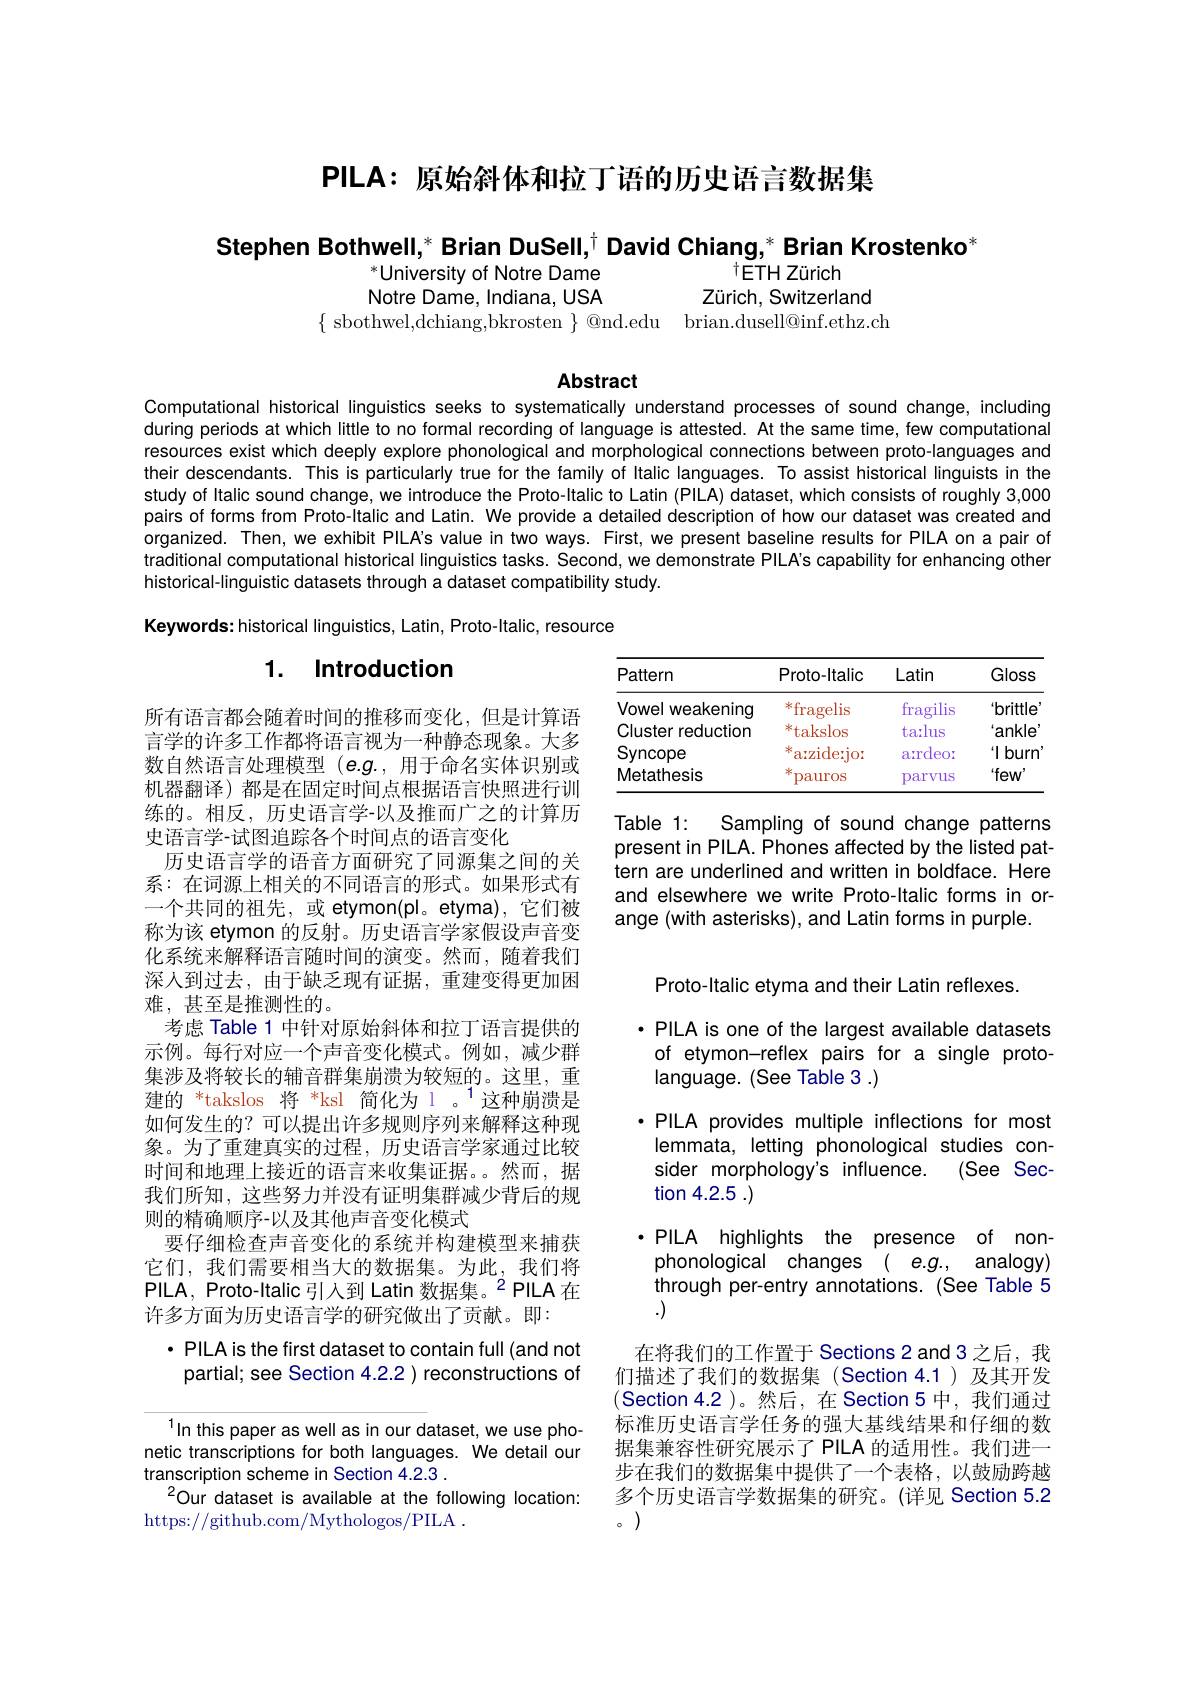
PILA: 原始斜体和拉丁语的历史语言数据集

Stephen Bothwell,* Brian DuSell,$^{\dagger}$ David Chiang,* Brian Krostenko*

$^*$University of Notre Dame
tETH Zürich
Notre Dame, Indiana, USA
Zürich, Switzerland
$\{$ sbothwel,dchiang,bkrosten $\}$ @nd.edu brian.dusell@inf.ethz.ch

Abstract

Computational historical linguistics seeks to systematically understand processes of sound change, including during periods at which little to no formal recording of language is attested. At the same time, few computational resources exist which deeply explore phonological and morphological connections between proto-languages and their descendants. This is particularly true for the family of Italic languages. To assist historical linguists in the study of Italic sound change, we introduce the Proto-ltalic to Latin (PILA) dataset, which consists of roughly 3,000 pairs of forms from Proto-ltalic and Latin. We provide a detailed description of how our dataset was created and organized. Then, we exhibit PILA's value in two ways. First, we present baseline results for PILA on a pair of traditional computational historical linguistics tasks. Second, we demonstrate PILA's capability for enhancing other historical-linguistic datasets through a dataset compatibility study.

Keywords: historical linguistics, Latin, Proto-Italic, resource

## 1. Introduction

<table>
	<tbody>
		<tr>
			<th>Pattern</th>
			<th>Proto-ltalice</th>
			<th>Latin</th>
			<th>Gloss</th>
		</tr>
		<tr>
			<td>Vowel weakening</td>
			<td>米 fragelis</td>
			<td>fragilis</td>
			<td>'brittle</td>
		</tr>
		<tr>
			<td>Cluster reduction</td>
			<td>米. takslos</td>
			<td>tarlus</td>
			<td>ankle</td>
		</tr>
		<tr>
			<td>Syncope</td>
			<td>a: zide: jox 米</td>
			<td>ardeor</td>
			<td>$“11$ burn</td>
		</tr>
		<tr>
			<td>Metathesis</td>
			<td>米 pauros</td>
			<td>parvus</td>
			<td>$`few$</td>
		</tr>
	</tbody>
</table>

Table 1:
Sampling of sound change patterns
present in PILA. Phones affected by the listed pattern are underlined and written in boldface. Here and elsewhere we write Proto-ltalic forms in orange (with asterisks), and Latin forms in purple.

所有语言都会随着时间的推移而变化，但是计算语言学的许多工作都将语言视为一种静态现象。大多数自然语言处理模型(e.$g.$,用于命名实体识别或机器翻译)都是在固定时间点根据语言快照进行训练的。相反，历史语言学-以及推而广之的计算历史语言学-试图追踪各个时间点的语言变化
历史语言学的语音方面研究了同源集之间的关系：在词源上相关的不同语言的形式。如果形式有一个共同的祖先，或 etymon(pl。etyma),它们被称为该 etymon 的反射。历史语言学家假设声音变化系统来解释语言随时间的演变。然而，随着我们深人到过去，由于缺乏现有证据，重建变得更加困难，甚至是推测性的。
考虑 Table 1 中针对原始斜体和拉丁语言提供的示例。每行对应一个声音变化模式。例如，减少群集涉及将较长的辅音群集崩溃为较短的。这里，重建的 *takslos 将 *ksl 简化为 l 。$^{1}$这种崩溃是如何发生的？可以提出许多规则序列来解释这种现象。为了重建真实的过程，历史语言学家通过比较时间和地理上接近的语言来收集证据。然而，据我们所知，这些努力并没有证明集群减少背后的规则的精确顺序-以及其他声音变化模式
要仔细检查声音变化的系统并构建模型来捕获它们，我们需要相当大的数据集。为此，我们将PILA, Proto-Italic引入到 Latin 数据集。$^{2}$PILA 在许多方面为历史语言学的研究做出了贡献。即：
· PILA is the first dataset to contain full (and not

Proto-ltalic etyma and their Latin reflexes.
·PILA is one of the largest available datasets
of etymon-reflex pairs for a single proto-
language. (See Table 3 .)
·PILA provides multiple inflections for most lemmata, letting phonological studies consider morphology's influence. (See Section 4.2.5 .)
·PILA highlights the presence of nonphonological changes ( e.g., analogy) through per-entry annotations. (See Table 5 .)
在将我们的工作置于 Sections 2 and 3 之后，我们描述了我们的数据集(Section 4.1)及其开发(Section 4.2)。然后，在 Section 5 中，我们通过标准历史语言学任务的强大基线结果和仔细的数据集兼容性研究展示了 PILA 的适用性。我们进一步在我们的数据集中提供了一个表格，以鼓励跨越多个历史语言学数据集的研究。(详见 Section 5.2 。)

partial; see Section 4.2.2 ) reconstructions of

$^{1}\ln$this paper as well as in our dataset, we use phonetic transcriptions for both languages. We detail our transcription scheme in Section 4.2.3 .
$^{2}$Our dataset is available at the following location:
https://github.com/Mythologos/PILA .